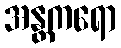
အန္တကရော